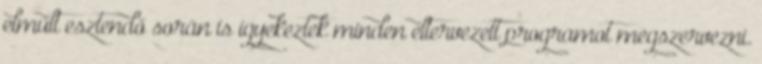
elmúlt esztendő során is igyekeztek minden eltervezett programot megszervezni.